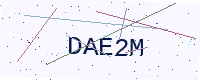
Text: DAE2M